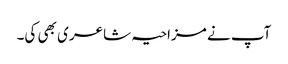
آپ نے مزاحیہ شاعری بھی کی۔